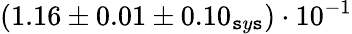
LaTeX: (1.16\pm0.01\pm0.10_{\mathtt{s}y\mathtt{s}})\cdot10^{-1}